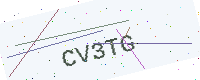
Text: CV3TG